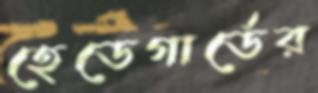
হেডেগার্ডের